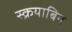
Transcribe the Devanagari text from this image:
स्क्रयाबिन